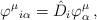
LaTeX: \begin{align*}\varphi^{\mu}{}_{i\alpha}=\hat{D}_{i}\varphi^{\mu}_{\alpha}\,,\end{align*}